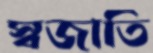
স্বজাতি